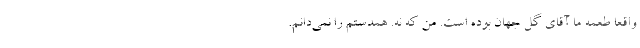
واقعا طعمه ما آقای گل جهان بوده است. من که نه. همدستم را نمی‌دانم.